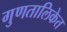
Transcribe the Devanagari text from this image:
गुणतालिकेत